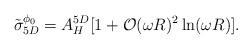
LaTeX: \begin{align*}\tilde \sigma_{5D}^{\phi_0} = A_H^{5D}[ 1 + {\cal O} (\omega R)^2 \ln(\omega R)].\end{align*}